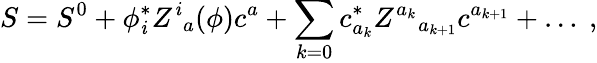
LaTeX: S=S^{0}+\phi_{\mathit{i}}^{*}Z^{\mathit{i}}{}_{a}(\phi)c^{a}+\sum_{k=0}c_{a_{k}}^{*}Z^{a_{k}}{}_{a_{k+1}}c^{a_{k+1}}+\ldots\ ,